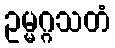
ဥမ္မဂ္ဂသတံ